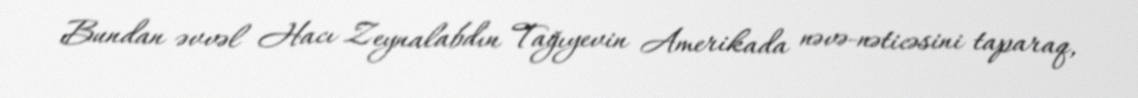
Bundan əvvəl Hacı Zeynalabdın Tağıyevin Amerikada nəvə-nəticəsini taparaq,